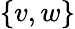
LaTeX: \{ v,w\}